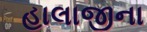
હાલાજીના